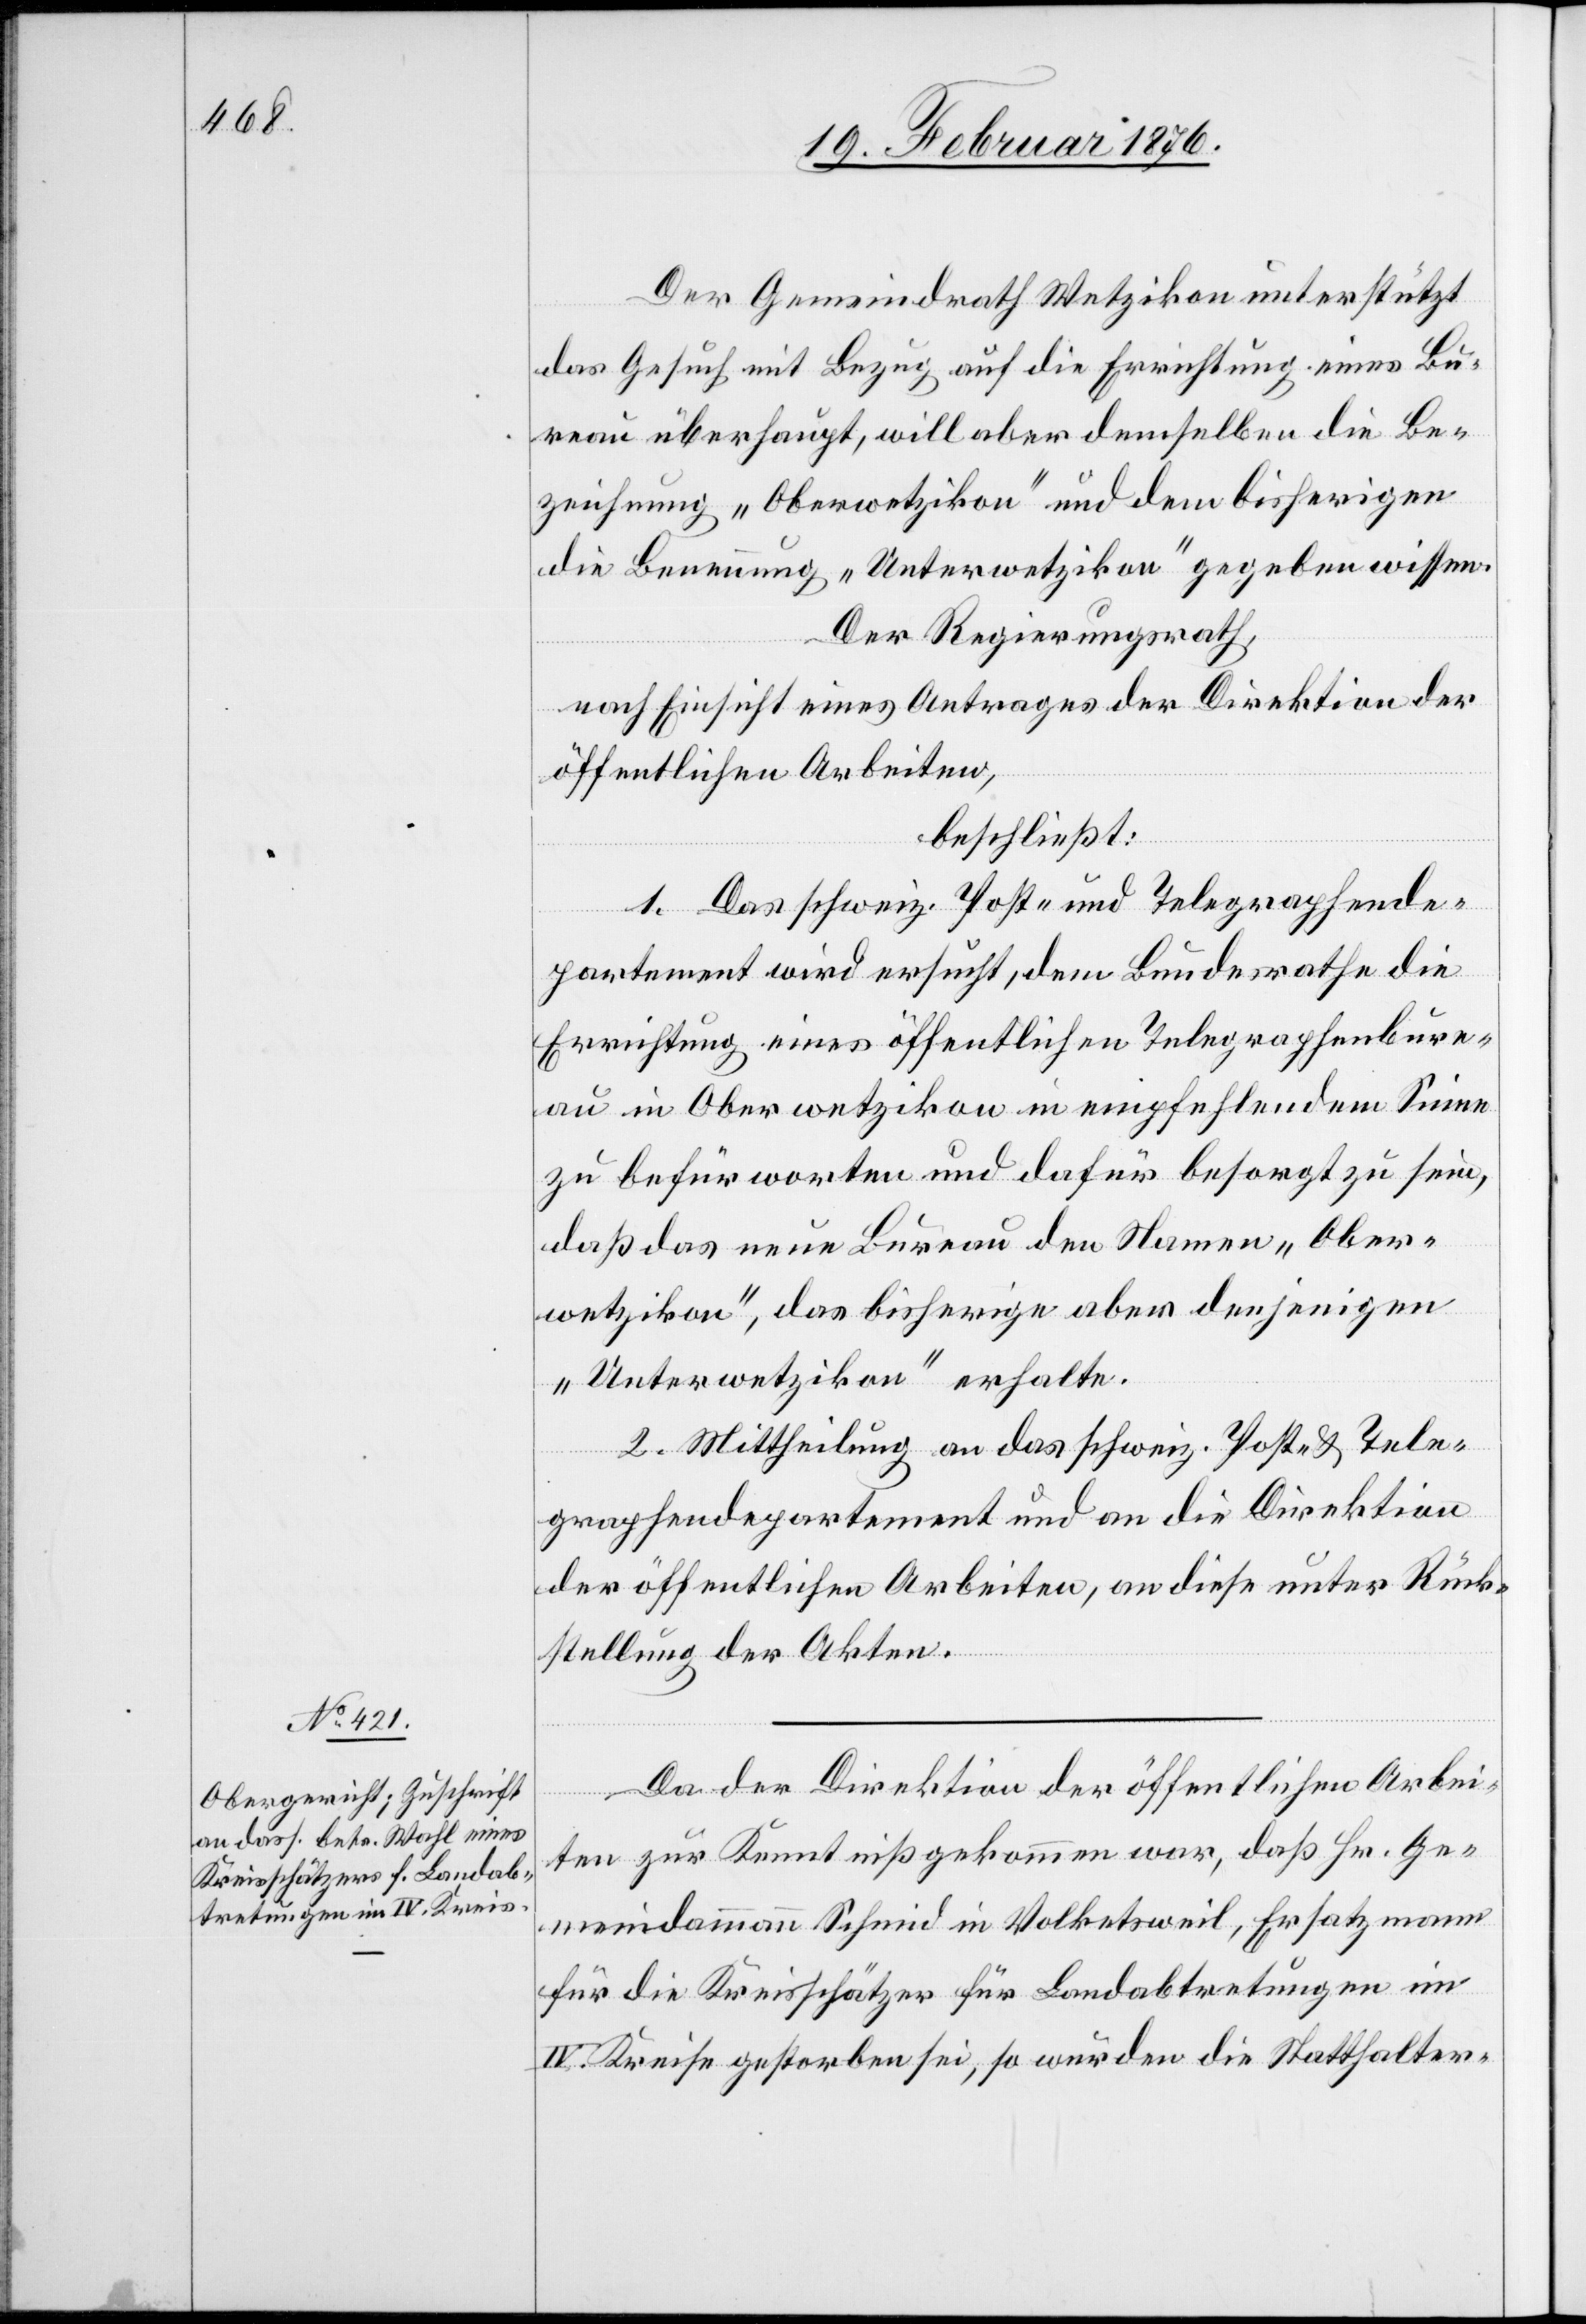
Der Gemeindrath Wetzikon unterstützt
das Gesuch mit Bezug auf die Errichtung eines Bu¬
reau überhaupt, will aber demselben die Be¬
zeichnung „Oberwetzikon“ und dem bisherigen
die Benennung „Unterwetzikon“ gegeben wissen.
Der Regierungsrath,
nach Einsicht eines Antrages der Direktion der
öffentlichen Arbeiten,
beschließt:
1. Das schweiz. Post- und Telegraphende¬
partement wird ersucht, dem Bundesrathe die
Errichtung eines öffentlichen Telegraphenbure¬
au in Oberwetzikon in empfehlendem Sinne
zu befürworten und dafür besorgt zu sein,
daß das neue Bureau den Namen „Ober¬
wetzikon“, das bisherige aber denjenigen
„Unterwetzikon“ erhalte.
2. Mittheilung an das schweiz. Post- & Tele¬
graphendepartement und an die Direktion
der öffentlichen Arbeiten, an diese unter Rück¬
stellung der Akten.
Da der Direktion der öffentlichen Arbei¬
ten zur Kenntniß gekommen war, daß Hr. Ge¬
meindeammann Schmid in Volketsweil, Ersatzmann
für die Kreisschätzer für Landabtretungen im
IV. Kreise gestorben sei, so wurden die Statthalter-